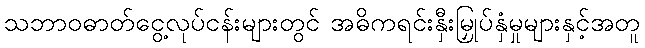
သဘာဝဓာတ်ငွေ့လုပ်ငန်းများတွင် အဓိကရင်းနှီးမြှုပ်နှံမှုများနှင့်အတူ